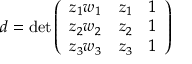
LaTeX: d = \operatorname* { d e t } { \left( \begin{array} { l l l } { z _ { 1 } w _ { 1 } } & { z _ { 1 } } & { 1 } \\ { z _ { 2 } w _ { 2 } } & { z _ { 2 } } & { 1 } \\ { z _ { 3 } w _ { 3 } } & { z _ { 3 } } & { 1 } \end{array} \right) }